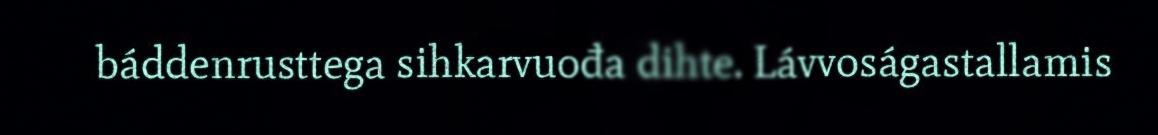
báddenrusttega sihkarvuođa dihte. Lávvoságastallamis